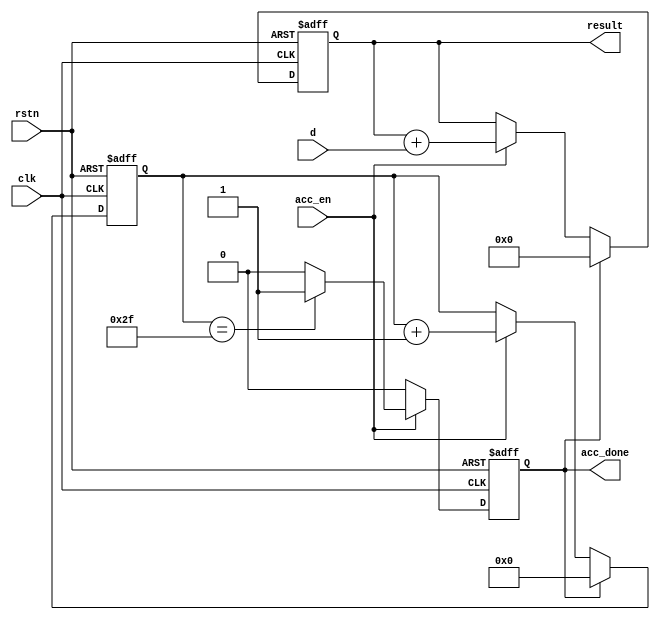
`timescale 1ns / 1ps
//////////////////////////////////////////////////////////////////////////////////
// Company: uestc
// 
// Create Date: 
// Design Name: 
// Module Name: acc_sum
// Project Name: 
// Target Devices: 
// Tool Versions: 
// Description: The component collects 8 25-bit data at once and sum them up.
// It repeats this process for 8 times. When full, it generate a cyc_flag and
// outputs the final result.
// 
// Dependencies: 
// 
// Revision:
// Revision 0.01 - File Created
// Additional Comments:
// 
//////////////////////////////////////////////////////////////////////////////////

module acc_sum#(
parameter gen_width=25
)(
input clk,rstn,acc_en,
input signed [gen_width-1:0] d,
output signed [gen_width-1:0] result,
output acc_done
    );
    reg [5:0] counter=0;
    reg signed [gen_width-1:0] res_tmp=0;
    reg acc_done_flag=0;
    reg cyc;
    always @(posedge clk or negedge rstn) begin
        if(!rstn) 
        begin
            res_tmp<=0;
            counter<=0;
            acc_done_flag<=0;
        end
        else
            begin
                if(acc_en) 
                begin
                    res_tmp<=res_tmp+d;
                    counter<=counter+1;
                    if(counter==47) 
                    begin
                        acc_done_flag<=1;
                    end
                    else acc_done_flag<=0;
                end
                else 
                begin
                    acc_done_flag<=0;
                end
                if(acc_done_flag) 
                begin
                    res_tmp<=0;
                    counter<=0;
                end 
            end
    end
    
    assign result=res_tmp;
    assign acc_done=acc_done_flag;
endmodule